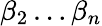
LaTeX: \beta_{2}\ldots\beta_{n}